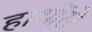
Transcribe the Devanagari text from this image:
हाथोंसे